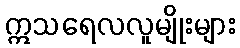
ဣသရေလလူမျိုးများ